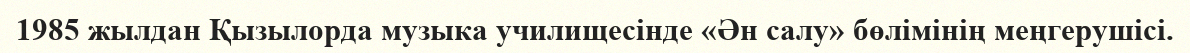
1985 жылдан Қызылорда музыка училищесінде «Ән салу» бөлімінің меңгерушісі.